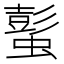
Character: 蟚